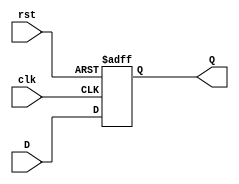
module stage_register (
    input wire clk,      // Clock input
    input wire rst,      // Asynchronous reset input
    input wire [N-1:0] D, // Data input (N bits wide)
    output reg [N-1:0] Q  // Data output (N bits wide)
);
    parameter N = 8; // Define the width of the register (8 bits by default)

    // Always block triggered on the rising edge of the clock or when reset is asserted
    always @(posedge clk or posedge rst) begin
        if (rst) begin
            Q <= {N{1'b0}}; // Reset output Q to 0
        end else begin
            Q <= D; // Capture input D on clock edge
        end
    end
endmodule